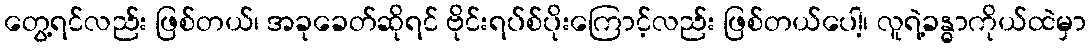
တွေ့ရင်လည်း ဖြစ်တယ်၊ အခုခေတ်ဆိုရင် ဗိုင်းရပ်စ်ပိုးကြောင့်လည်း ဖြစ်တယ်ပေါ့၊ လူရဲ့ခန္ဓာကိုယ်ထဲမှာ